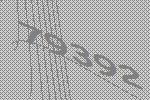
79392